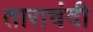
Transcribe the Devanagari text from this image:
ताराचंदी